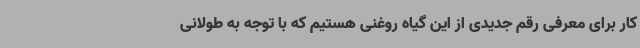
کار برای معرفی رقم جدیدی از این گیاه روغنی هستیم که با توجه به طولانی